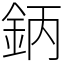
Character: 鈵